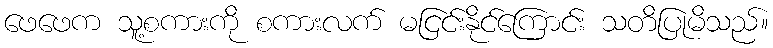
ဖေဖေက သူ့စကားကို စကားလက် မငြင်းနိုင်ကြောင်း သတိပြုမိသည်။